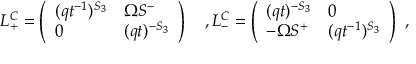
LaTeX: L _ { + } ^ { C } = \left( \begin{array} { l l } { { ( q t ^ { - 1 } ) ^ { S _ { 3 } } } } & { { \Omega S ^ { - } } } \\ { { 0 } } & { { ( q t ) ^ { - S _ { 3 } } } } \end{array} \right) \ \ \ , L _ { - } ^ { C } = \left( \begin{array} { l l } { { ( q t ) ^ { - S _ { 3 } } } } & { { 0 } } \\ { { - \Omega S ^ { + } } } & { { ( q t ^ { - 1 } ) ^ { S _ { 3 } } } } \end{array} \right) \ ,